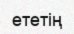
ететің